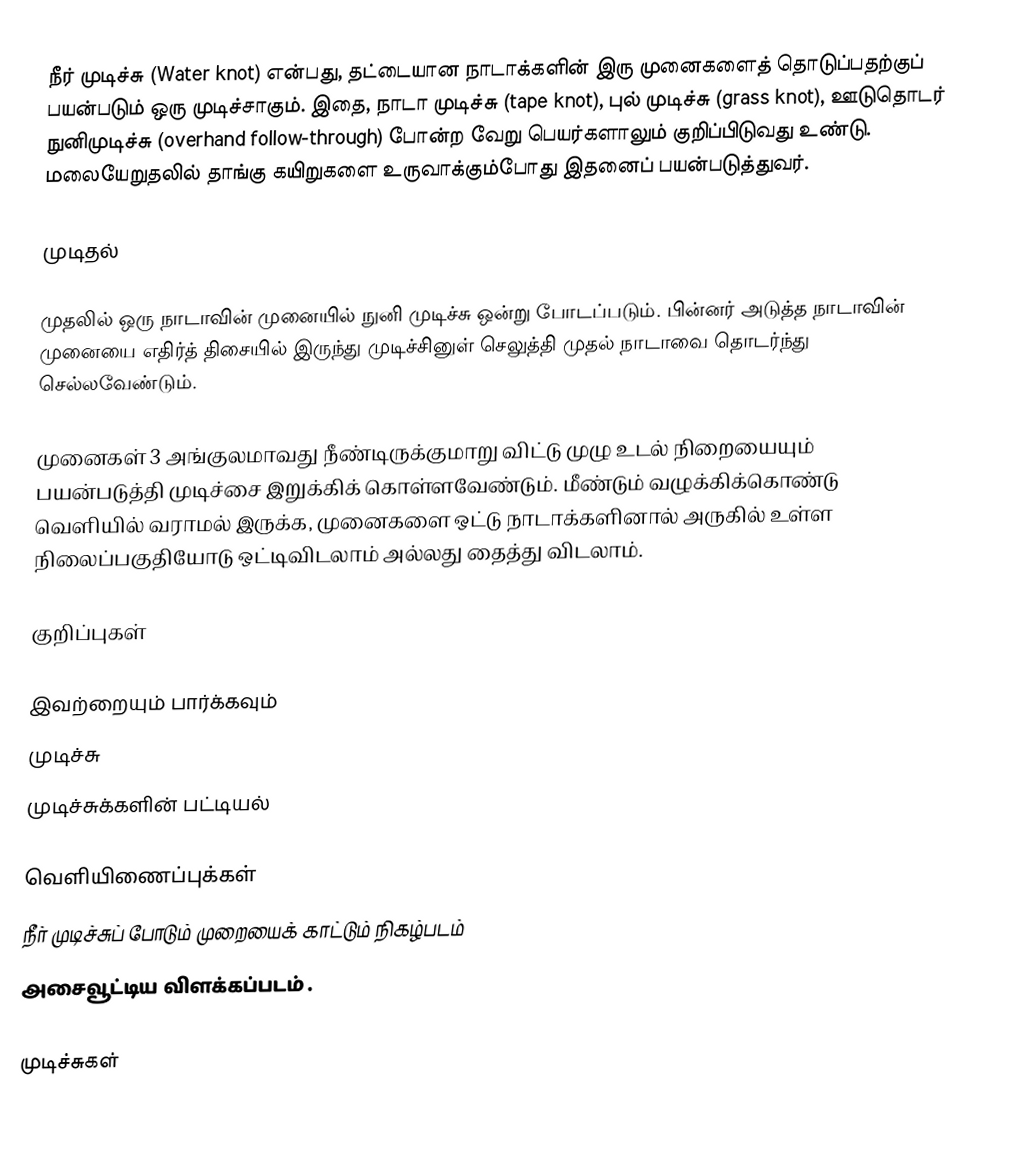
நீர் முடிச்சு (Water knot) என்பது, தட்டையான நாடாக்களின் இரு முனைகளைத் தொடுப்பதற்குப் பயன்படும் ஒரு முடிச்சாகும். இதை, நாடா முடிச்சு (tape knot), புல் முடிச்சு (grass knot), ஊடுதொடர் நுனிமுடிச்சு (overhand follow-through) போன்ற வேறு பெயர்களாலும் குறிப்பிடுவது உண்டு. மலையேறுதலில் தாங்கு கயிறுகளை உருவாக்கும்போது இதனைப் பயன்படுத்துவர்.

முடிதல்

முதலில் ஒரு நாடாவின் முனையில் நுனி முடிச்சு ஒன்று போடப்படும். பின்னர் அடுத்த நாடாவின் முனையை எதிர்த் திசையில் இருந்து முடிச்சினுள் செலுத்தி முதல் நாடாவை தொடர்ந்து செல்லவேண்டும்.

முனைகள் 3 அங்குலமாவது நீண்டிருக்குமாறு விட்டு முழு உடல் நிறையையும் பயன்படுத்தி முடிச்சை இறுக்கிக் கொள்ளவேண்டும். மீண்டும் வழுக்கிக்கொண்டு வெளியில் வராமல் இருக்க, முனைகளை ஒட்டு நாடாக்களினால் அருகில் உள்ள நிலைப்பகுதியோடு ஒட்டிவிடலாம் அல்லது தைத்து விடலாம்.

குறிப்புகள்

இவற்றையும் பார்க்கவும்
 முடிச்சு
 முடிச்சுக்களின் பட்டியல்

வெளியிணைப்புக்கள்
 நீர் முடிச்சுப் போடும் முறையைக் காட்டும் நிகழ்படம்
 அசைவூட்டிய விளக்கப்படம் .

முடிச்சுகள்